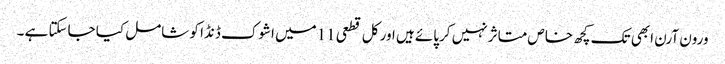
ورون آرن ابھی تک کچھ خاص متاثر نہیں کرپائے ہیں اور کل قطعی 11میں اشوک ڈنڈا کو شامل کیا جاسکتا ہے ۔